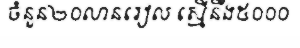
ចំនួន២០លានរៀល ស្មើនឹង៥០០០